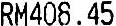
RM408.45